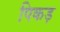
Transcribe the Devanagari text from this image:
पिकड़